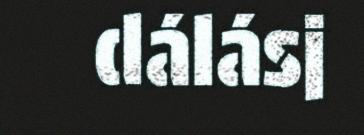
dálásj